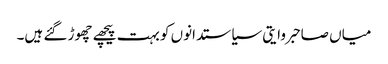
میاں صاحبروایتی سیاستدانوں کو بہت پیچھے چھوڑ گئے ہیں۔